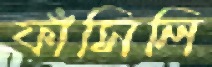
ফাঁসিলি